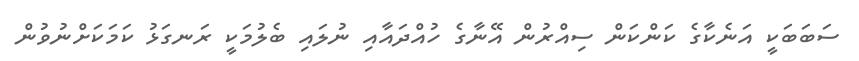
ސަބަބަކީ އަނެކާގެ ކަންކަން ސިއްރުން އޭނާގެ ހުއްދައާއި ނުލައި ބެލުމަކީ ރަނގަޅު ކަމަކަށްނުވުން